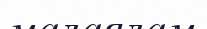
малаялам